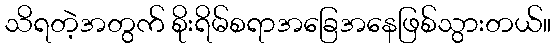
သိရတဲ့အတွက် စိုးရိမ်စရာအခြေအနေဖြစ်သွားတယ်။